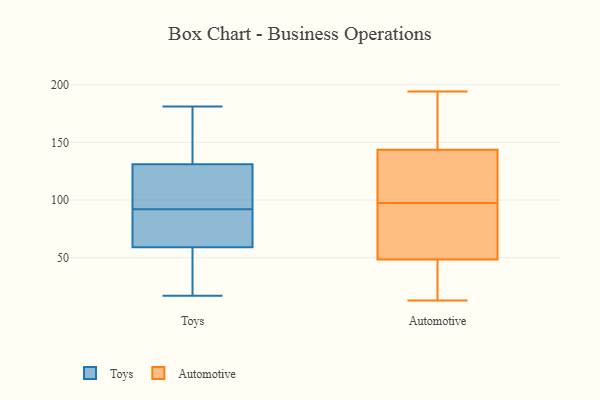
{"axis": {"x": "Satisfaction Score", "y": "Value"}, "legend": ["Automotive", "Toys"], "data": [{"x": "", "y": 122, "type": "Toys"}, {"x": "", "y": 134, "type": "Toys"}, {"x": "", "y": 92, "type": "Toys"}, {"x": "", "y": 17, "type": "Toys"}, {"x": "", "y": 58, "type": "Toys"}, {"x": "", "y": 37, "type": "Toys"}, {"x": "", "y": 62, "type": "Toys"}, {"x": "", "y": 99, "type": "Toys"}, {"x": "", "y": 92, "type": "Toys"}, {"x": "", "y": 181, "type": "Toys"}, {"x": "", "y": 170, "type": "Toys"}, {"x": "", "y": 76, "type": "Automotive"}, {"x": "", "y": 13, "type": "Automotive"}, {"x": "", "y": 183, "type": "Automotive"}, {"x": "", "y": 106, "type": "Automotive"}, {"x": "", "y": 109, "type": "Automotive"}, {"x": "", "y": 25, "type": "Automotive"}, {"x": "", "y": 34, "type": "Automotive"}, {"x": "", "y": 28, "type": "Automotive"}, {"x": "", "y": 194, "type": "Automotive"}, {"x": "", "y": 127, "type": "Automotive"}, {"x": "", "y": 65, "type": "Automotive"}, {"x": "", "y": 100, "type": "Automotive"}, {"x": "", "y": 155, "type": "Automotive"}, {"x": "", "y": 138, "type": "Automotive"}, {"x": "", "y": 95, "type": "Automotive"}, {"x": "", "y": 149, "type": "Automotive"}, {"x": "", "y": 176, "type": "Automotive"}, {"x": "", "y": 76, "type": "Automotive"}, {"x": "", "y": 19, "type": "Automotive"}, {"x": "", "y": 63, "type": "Automotive"}]}